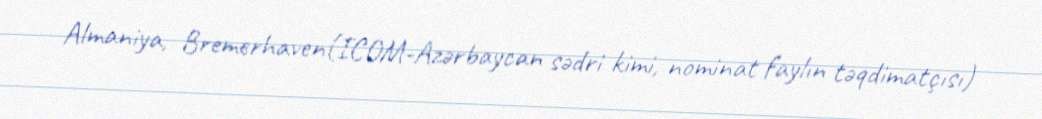
Almaniya, Bremerhaven(ICOM-Azərbaycan sədri kimi, nominat faylın təqdimatçısı)